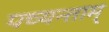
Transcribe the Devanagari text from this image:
पच्यन्ताम्‌